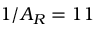
1 / A _ { R } = 1 1